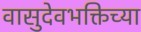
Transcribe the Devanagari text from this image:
वासुदेवभक्तिच्या